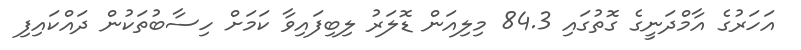
އަހަރުގެ އާމްދަނީގެ ގޮތުގައި 84.3 މިލިއަން ޑޮލަރު ލިބިފައިވާ ކަމަށް ހިސާބުތަކުން ދައްކައިފި